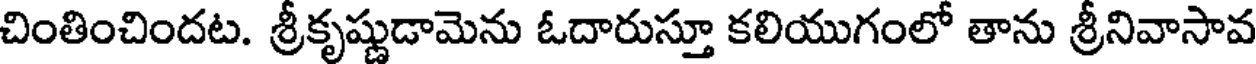
చింతించిందట. శ్రీకృష్ణుడామెను ఓదారుస్తూ కలియుగంలో తాను శ్రీనివాసావ